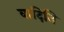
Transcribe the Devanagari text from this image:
वादिनि